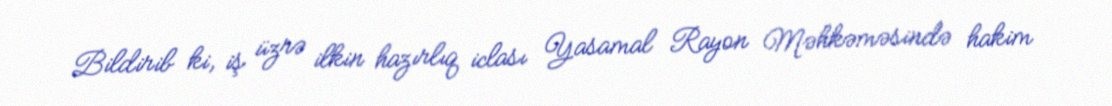
Bildirib ki, iş üzrə ilkin hazırlıq iclası Yasamal Rayon Məhkəməsində hakim